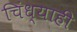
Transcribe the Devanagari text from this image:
चिंध्याही